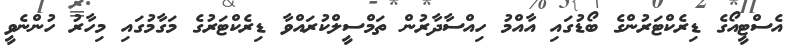
އެސްޓީއޯގެ ޑިރެކްޓަރުންގެ ބޯޑުގައި އާއްމު ހިއްސާދާރުން ތަމްސީލްކުރައްވާ ޑިރެކްޓަރުގެ މަގާމުގައި މިހާރު ހުންނެވީ